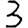
Digit: 3